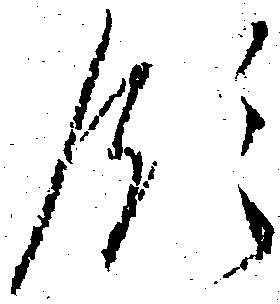
領